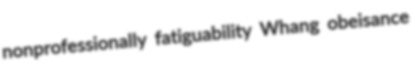
nonprofessionally fatiguability Whang obeisance